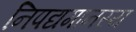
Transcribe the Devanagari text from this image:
निपद्यमानस्य